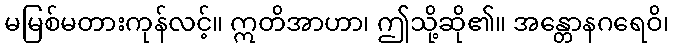
မမြစ်မတားကုန်လင့်။ ဣတိအာဟာ၊ ဤသို့ဆို၏။ အန္တောနဂရေဝိ၊